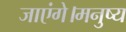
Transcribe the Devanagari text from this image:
जाएंगे।मनुष्य